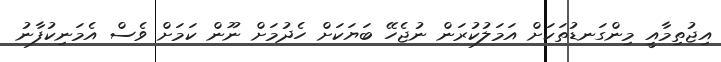
އިޖުތިމާއީ މިންގަނޑުތަކަށް އަމަލުކުރަން ނުޖެހޭ ބަޔަކަށް ހެދުމަށް ނޫން ކަމަށް ވެސް އެމަނިކުފާނު